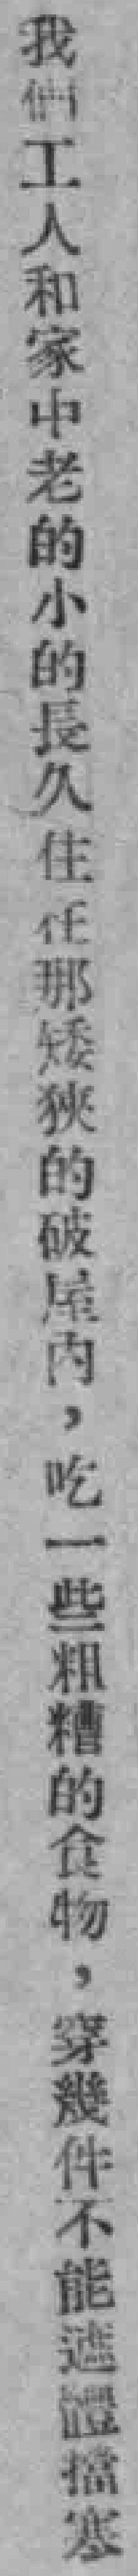
我们工人和家中老的小的長久住在那矮狭的破尾内，吃一些粗糟的食物，穿幾件不能遮體擋寒